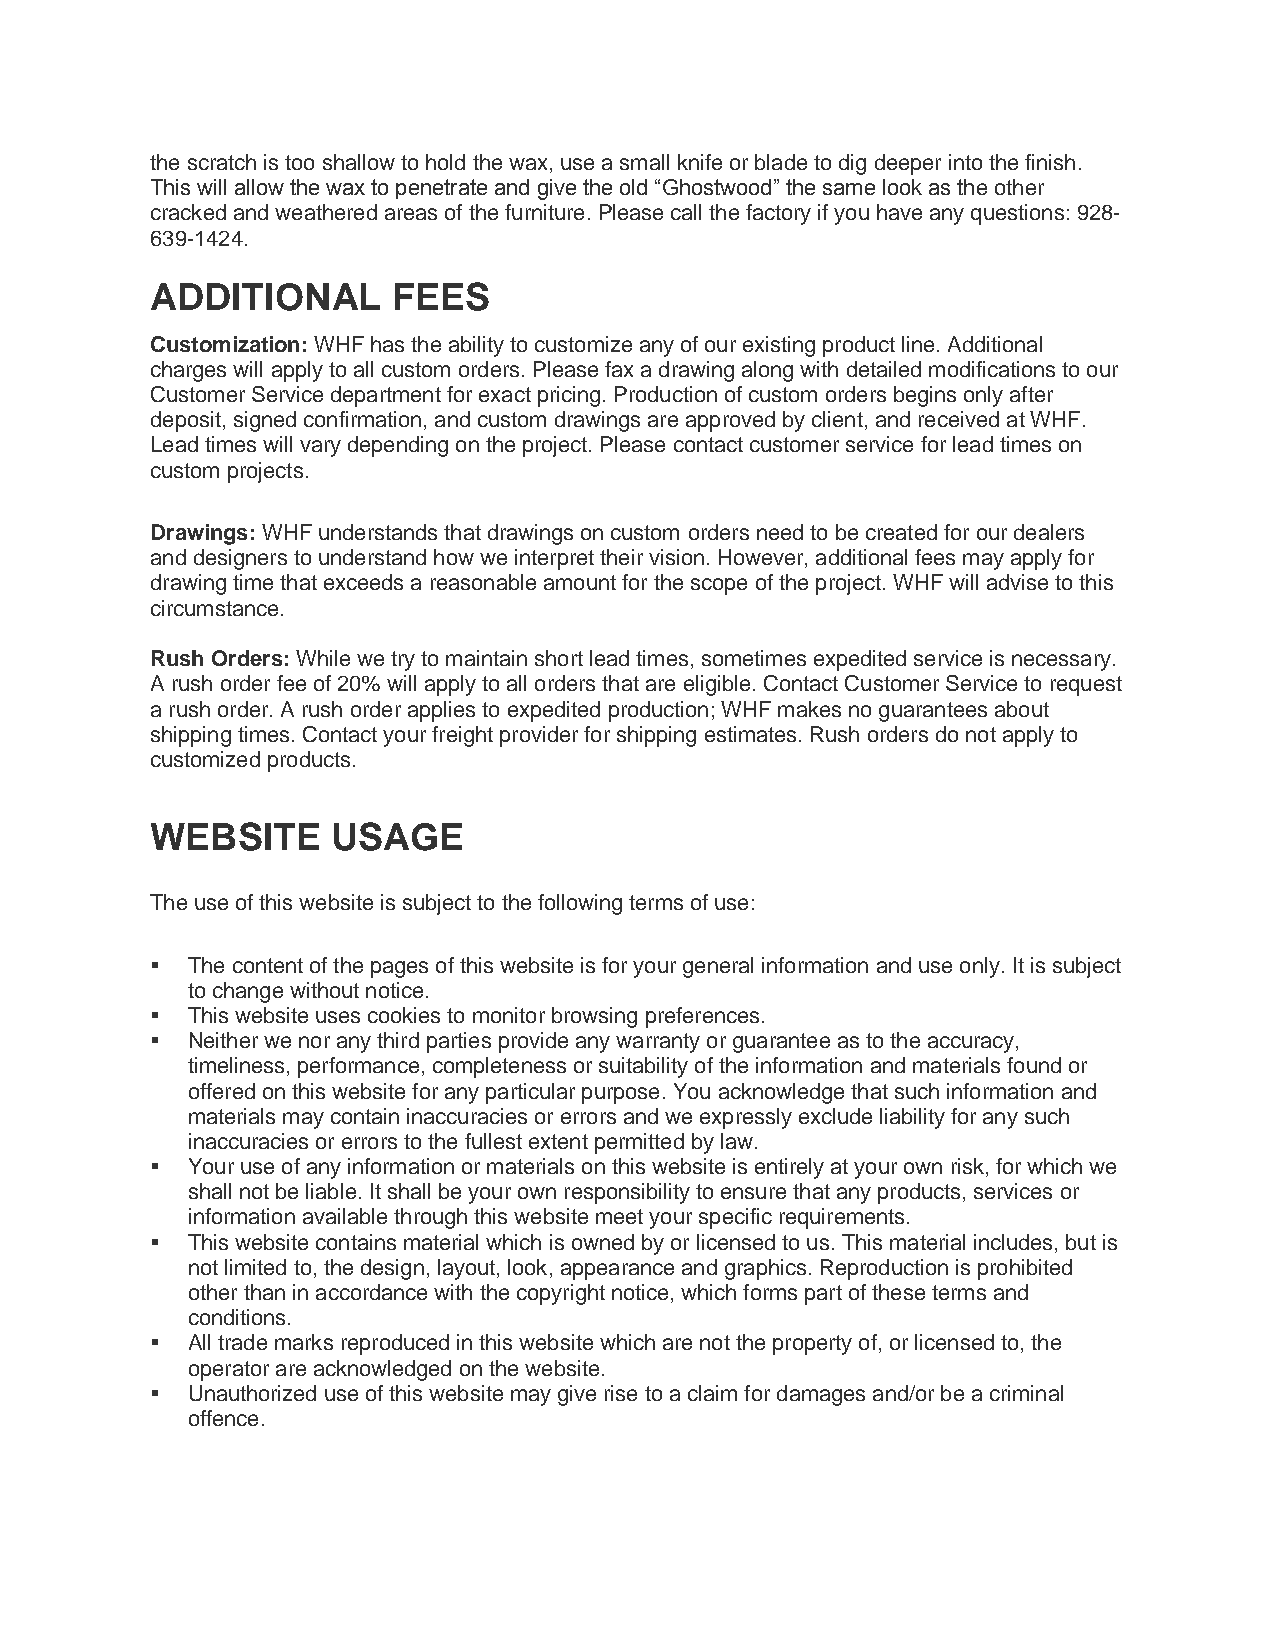
the scratch is too shallow to hold the wax, use a small knife or blade to dig deeper into the finish.
 This will allow the wax to penetrate and give the old “Ghostwood” the same look as the other
 cracked and weathered areas of the furniture. Please call the factory if you have any questions: 928-
 639-1424.
 ADDITIONAL      FEES
 Customization: WHF has the ability to customize any of our existing product line. Additional
 charges will apply to all custom orders. Please fax a drawing along with detailed modifications to our
 Customer Service department for exact pricing. Production of custom orders begins only after
 deposit, signed confirmation, and custom drawings are approved by client, and received at WHF.
 Lead times will vary depending on the project. Please contact customer service for lead times on
 custom projects.
 Drawings: WHF understands that drawings on custom orders need to be created for our dealers
 and designers to understand how we interpret their vision. However, additional fees may apply for
 drawing time that exceeds a reasonable amount for the scope of the project. WHF will advise to this
 circumstance.
 Rush Orders: While we try to maintain short lead times, sometimes expedited service is necessary.
 A rush order fee of 20% will apply to all orders that are eligible. Contact Customer Service to request
 a rush order. A rush order applies to expedited production; WHF makes no guarantees about
 shipping times. Contact your freight provider for shipping estimates. Rush orders do not apply to
 customized products.
 WEBSITE     USAGE
 The use of this website is subject to the following terms of use:
  The content of the pages of this website is for your general information and use only. It is subject
 to change without notice.
  This website uses cookies to monitor browsing preferences.
  Neither we nor any third parties provide any warranty or guarantee as to the accuracy,
 timeliness, performance, completeness or suitability of the information and materials found or
 offered on this website for any particular purpose. You acknowledge that such information and
 materials may contain inaccuracies or errors and we expressly exclude liability for any such
 inaccuracies or errors to the fullest extent permitted by law.
  Your use of any information or materials on this website is entirely at your own risk, for which we
 shall not be liable. It shall be your own responsibility to ensure that any products, services or
 information available through this website meet your specific requirements.
  This website contains material which is owned by or licensed to us. This material includes, but is
 not limited to, the design, layout, look, appearance and graphics. Reproduction is prohibited
 other than in accordance with the copyright notice, which forms part of these terms and
 conditions.
  All trade marks reproduced in this website which are not the property of, or licensed to, the
 operator are acknowledged on the website.
  Unauthorized use of this website may give rise to a claim for damages and/or be a criminal
 offence.